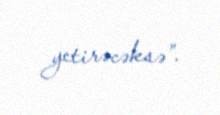
yetirəcəksə”.